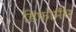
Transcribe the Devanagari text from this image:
डिफोर्मंस